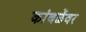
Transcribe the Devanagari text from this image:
कांबळेंवर